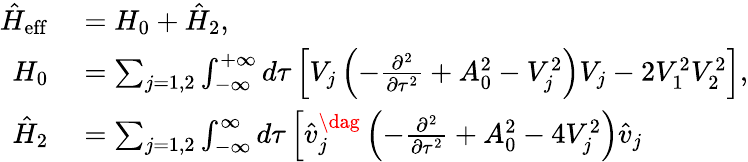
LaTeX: \begin{array}{rl}{\hat{H}_{\mathrm{eff}}}&{{}=H_{0}+\hat{H}_{2},}\\ {H_{0}}&{{}=\sum_{j=1,2}\int_{-\infty}^{+\infty}d\tau\left[V_{j}\left(-\frac{\partial^{2}}{\partial\tau^{2}}+A_{0}^{2}-V_{j}^{2}\right)V_{j}-2V_{1}^{2}V_{2}^{2}\right],}\\ {{\hat{H}}_{2}}&{{}=\sum_{j=1,2}\int_{-\infty}^{\infty}d\tau\left[\hat{v}_{j}^{\dag}\left(-\frac{\partial^{2}}{\partial\tau^{2}}+A_{0}^{2}-4V_{j}^{2}\right)\hat{v}_{j}\right.}\end{array}